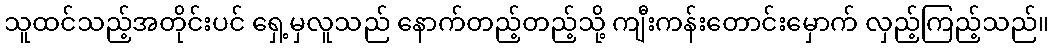
သူထင်သည့်အတိုင်းပင် ရှေ့မှလူသည် နောက်တည့်တည့်သို့ ကျီးကန်းတောင်းမှောက် လှည့်ကြည့်သည်။